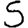
Digit: 5